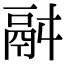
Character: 𩰫